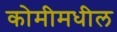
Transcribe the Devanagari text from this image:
कोमीमधील